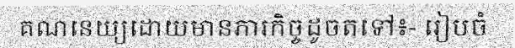
គណនេយ្យដោយមានភារកិច្ចដូចតទៅ៖- រៀបចំ